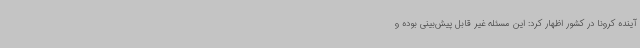
آینده کرونا در کشور اظهار کرد: این مسئله غیر قابل پیش‌بینی بوده و